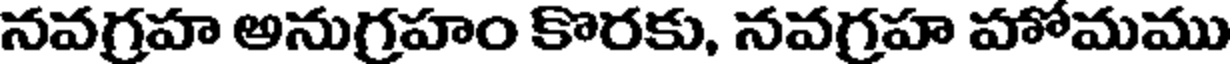
నవగ్రహ అనుగ్రహం కొరకు, నవగ్రహ హోమము